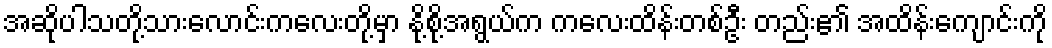
အဆိုပါသတို့သားလောင်းကလေးတို့မှာ နို့စို့အရွယ်က ကလေးထိန်းတစ်ဦး တည်း၏ အထိန်းကျောင်းကို